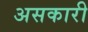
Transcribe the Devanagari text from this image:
असकारी